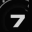
Digit: 7